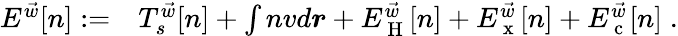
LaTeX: \begin{array}{rl}{E^{\vec{w}}[n]:=}&{{}T_{s}^{\vec{w}}[n]+\int nvd\boldsymbol{r}+E_{\mathrm{~H~}}^{\vec{w}}[n]+E_{\mathrm{~x~}}^{\vec{w}}[n]+E_{\mathrm{~c~}}^{\vec{w}}[n]\; .}\end{array}